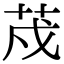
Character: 荗